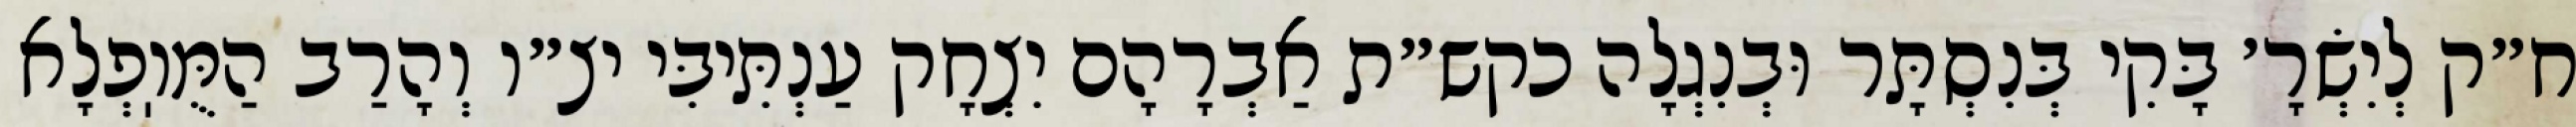
ח״ק לְיִשְׂרָ׳ בָּקִי בְּנִסְתָּר וּבְנִגְלָה כקש״ת אַבְרָהָם יִצְחָק עַנְתִּיבִּי יצ״ו וְהָרַב הַמֻּוֽפְלָא